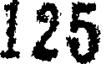
125